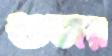
গুজর